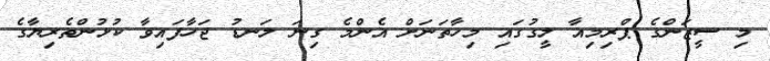
މި ސީޒަންގެ ޕްރިމިއާ ލީގުގައި މިހާތަނަށް އެންމެ ގިނަ ލަނޑު ޖަހާފައިވާ ކުޅުންތެރިޔާގެ